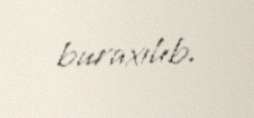
buraxılıb.